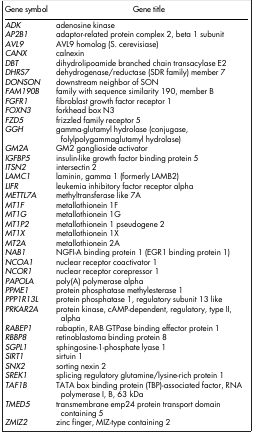
| Gene symbol | Gene title |
 | --- | --- |
 | ADK | adenosine kinase |
 | AP2B1 | adaptor-related protein complex 2, beta 1 subunit |
 | AVL9 | AVL9 homolog (S. cerevisiase) |
 | CANX | calnexin |
 | DBT | dihydrolipoamide branched chain transacylase E2 |
 | DHRS7 | dehydrogenase/reductase (SDR family) member 7 |
 | DONSON | downstream neighbor of SON |
 | FAM190B | family with sequence similarity 190, member B |
 | FGFR1 | fibroblast growth factor receptor 1 |
 | FOXN3 | forkhead box N3 |
 | FZD5 | frizzled family receptor 5 |
 | GGH | gamma-glutamyl hydrolase (conjugase, folylpolygammaglutamyl hydrolase) |
 | GM2A | GM2 ganglioside activator |
 | IGFBP5 | insulin-like growth factor binding protein 5 |
 | ITSN2 | intersectin 2 |
 | LAMC1 | laminin, gamma 1 (formerly LAMB2) |
 | LIFR | leukemia inhibitory factor receptor alpha |
 | METTL7A | methyltransferase like 7A |
 | MT1F | metallothionein 1F |
 | MT1G | metallothionein 1G |
 | MT1P2 | metallothionein 1 pseudogene 2 |
 | MT1X | metallothionein 1X |
 | MT2A | metallothionein 2A |
 | NAB1 | NGFI-A binding protein 1 (EGR1 binding protein 1) |
 | NCOA1 | nuclear receptor coactivator 1 |
 | NCOR1 | nuclear receptor corepressor 1 |
 | PAPOLA | poly(A) polymerase alpha |
 | PPME1 | protein phosphatase methylesterase 1 |
 | PPP1R13L | protein phosphatase 1, regulatory subunit 13 like |
 | PRKAR2A | protein kinase, cAMP-dependent, regulatory, type II, alpha |
 | RABEP1 | rabaptin, RAB GTPase binding effector protein 1 |
 | RBBP8 | retinoblastoma binding protein 8 |
 | SGPL1 | sphingosine-1-phosphate lyase 1 |
 | SIRT1 | sirtuin 1 |
 | SNX2 | sorting nexin 2 |
 | SREK1 | splicing regulatory glutamine/lysine-rich protein 1 |
 | TAF1B | TATA box binding protein (TBP)-associated factor, RNA polymerase I, B, 63 kDa |
 | TMED5 | transmembrane emp24 protein transport domain containing 5 |
 | ZMIZ2 | zinc finger, MIZ-type containing 2 |